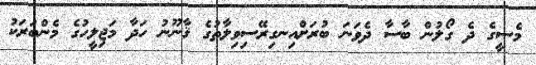
މެސީގެ ދެ ގޯލުން ބާސާ ދެވަނަ ބުރަށްއިނގިރޭސިވިލާތުގެ ޤާނޫނު ހަދާ މަޖިލީހުގެ މެންބަރަކު